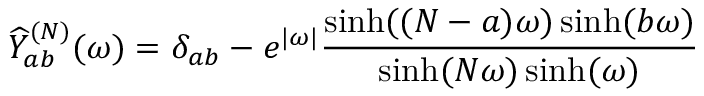
\widehat { Y } _ { a b } ^ { ( N ) } ( \omega ) = \delta _ { a b } - e ^ { | \omega | } \frac { \sinh ( ( N - a ) \omega ) \sinh ( b \omega ) } { \sinh ( N \omega ) \sinh ( \omega ) }